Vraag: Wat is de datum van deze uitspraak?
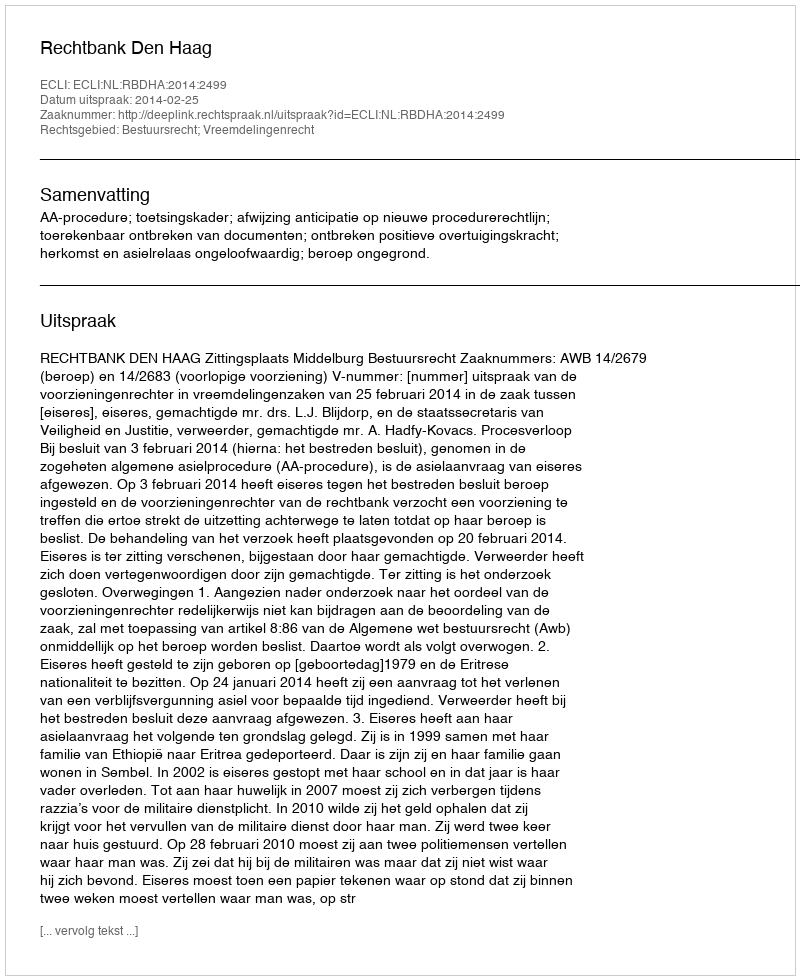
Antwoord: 2014-02-25